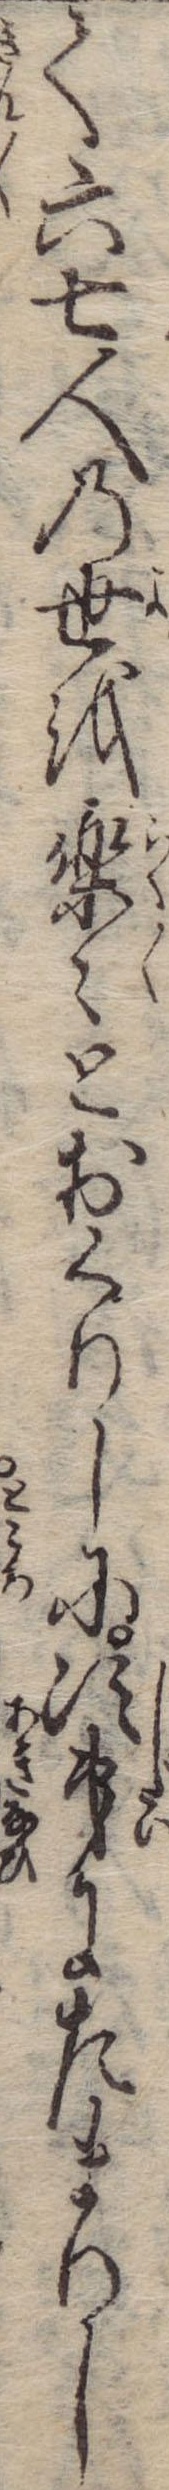
て六七人の世を楽々とおくりしに次第にたまりし